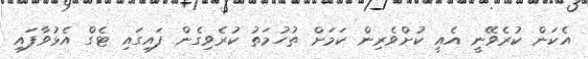
އެކަން ކުރެވޭނީ އެއީ ކުށްވެރިން ކަމަށް ތުހުމަތު ކުރެވިގެން ފައިގައި ޓެގް އެޅުވާފައި